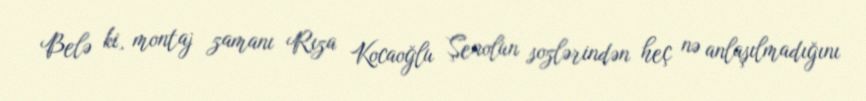
Belə ki, montaj zamanı Rıza Kocaoğlu Şenolun sozlərindən heç nə anlaşılmadığını